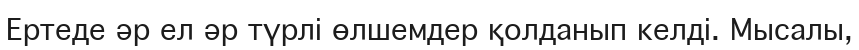
Ертеде әр ел әр түрлі өлшемдер қолданып келді. Мысалы,